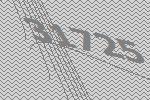
31725